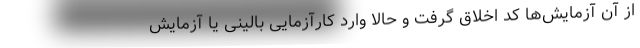
از آن آزمایش‌ها کد اخلاق گرفت و حالا وارد کارآزمایی بالینی یا آزمایش